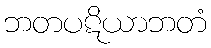
ဘတပဋိယာဘတံ